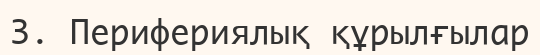
3. Перифериялық құрылғылар